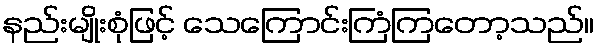
နည်းမျိုးစုံဖြင့် သေကြောင်းကြံကြတော့သည်။